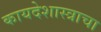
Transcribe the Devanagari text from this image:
कायदेशास्त्राचा